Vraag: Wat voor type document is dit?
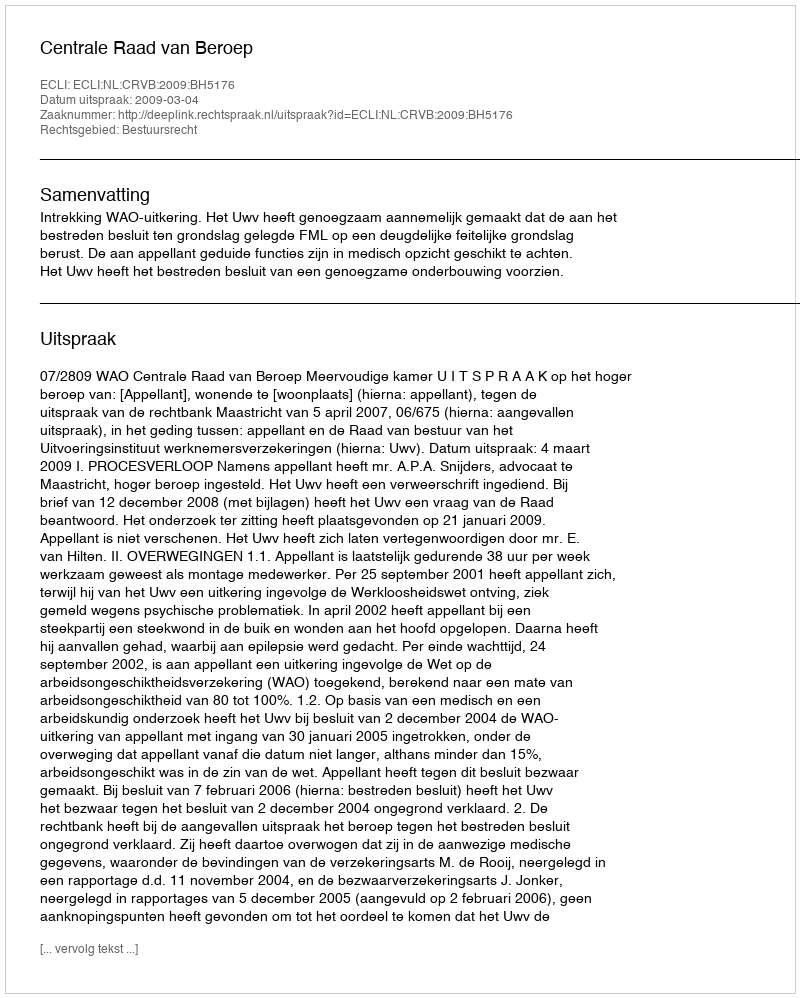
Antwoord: Uitspraak